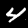
Label: 4